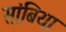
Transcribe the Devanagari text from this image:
सांबिया